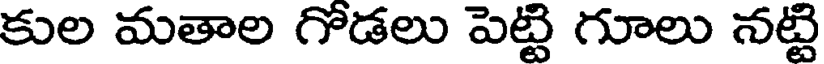
కుల మతాల గోడలు పెట్టి గూలు నట్టి